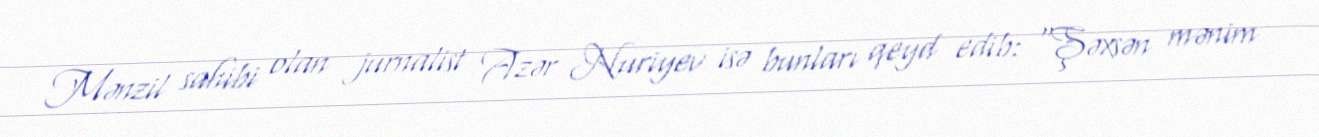
Mənzil sahibi olan jurnalist Azər Nuriyev isə bunları qeyd edib: “Şəxsən mənim